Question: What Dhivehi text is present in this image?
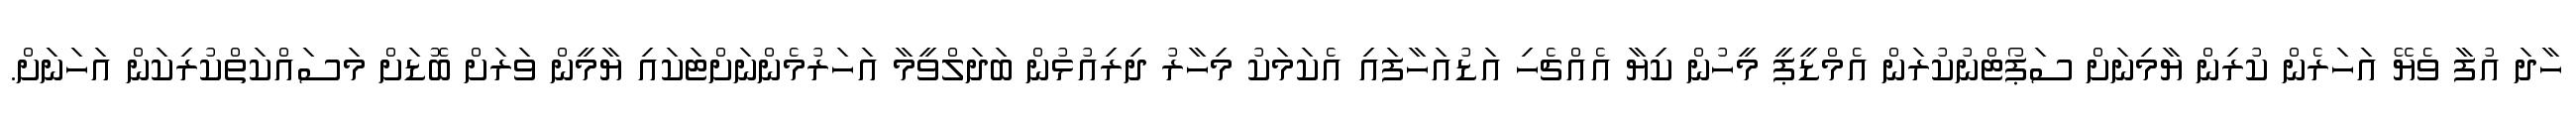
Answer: ހާދަ އުފާ ވެޔޭ އަހަރެން ކުރިން ޔާމިނަށް ސަޕޯޓްނުކުރަން އެމްޑީޕީ މީހުން ކިޔާ އެއްޗެހި އަޑުއަހާފައި އެކަމަކު މިހާރު ދިރިއުޅުން ބަދަލްވީމާ އަހަރުމެންނަށްޓަކައި ޔާމީން ވަރަށް ބޮޑަށް މަސައްކަތްކުރިކަން އަހަނަށް.